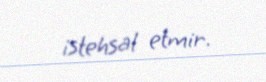
istehsal etmir.